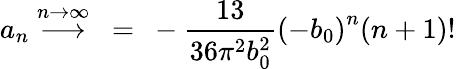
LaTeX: a_{n}\stackrel{n\rightarrow\infty}{\longrightarrow}~=~-{\frac{13}{36\pi^{2}b_{0}^{2}}}\left(-b_{0}\right)^{n}(n+1)!